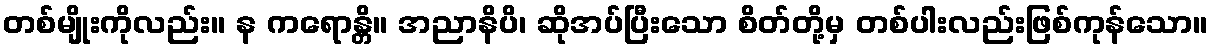
တစ်မျိုးကိုလည်း။ န ကရောန္တိ။ အညာနိပိ၊ ဆိုအပ်ပြီးသော စိတ်တို့မှ တစ်ပါးလည်းဖြစ်ကုန်သော။